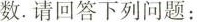
数。请回答下列问题：